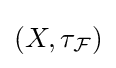
\left(X,\tau _{\mathcal {F}}\right)